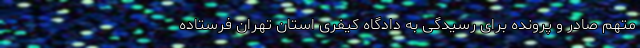
متهم صادر و پرونده برای رسیدگی به دادگاه کیفری استان تهران فرستاده